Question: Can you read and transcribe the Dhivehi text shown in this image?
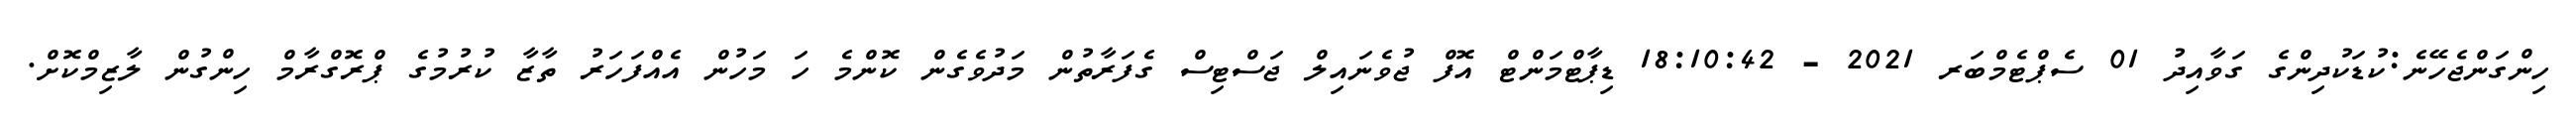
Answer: ހިންގަންޖެހޭނެ:ކުޑަކުދިންގެ ގަވާއިދު 01 ސެޕްޓެމްބަރ 2021 - 18:10:42 ޑިޕާޓްމަންޓް އޮފް ޖުވެނައިލް ޖަސްޓިސް ގެފަރާތުން މަދުވެގެން ކޮންމެ ހަ މަހުން އެއްފަހަރު ތާޒާ ކުރުމުގެ ޕްރޮގްރާމް ހިންގުން ލާޒިމްކޮށް.